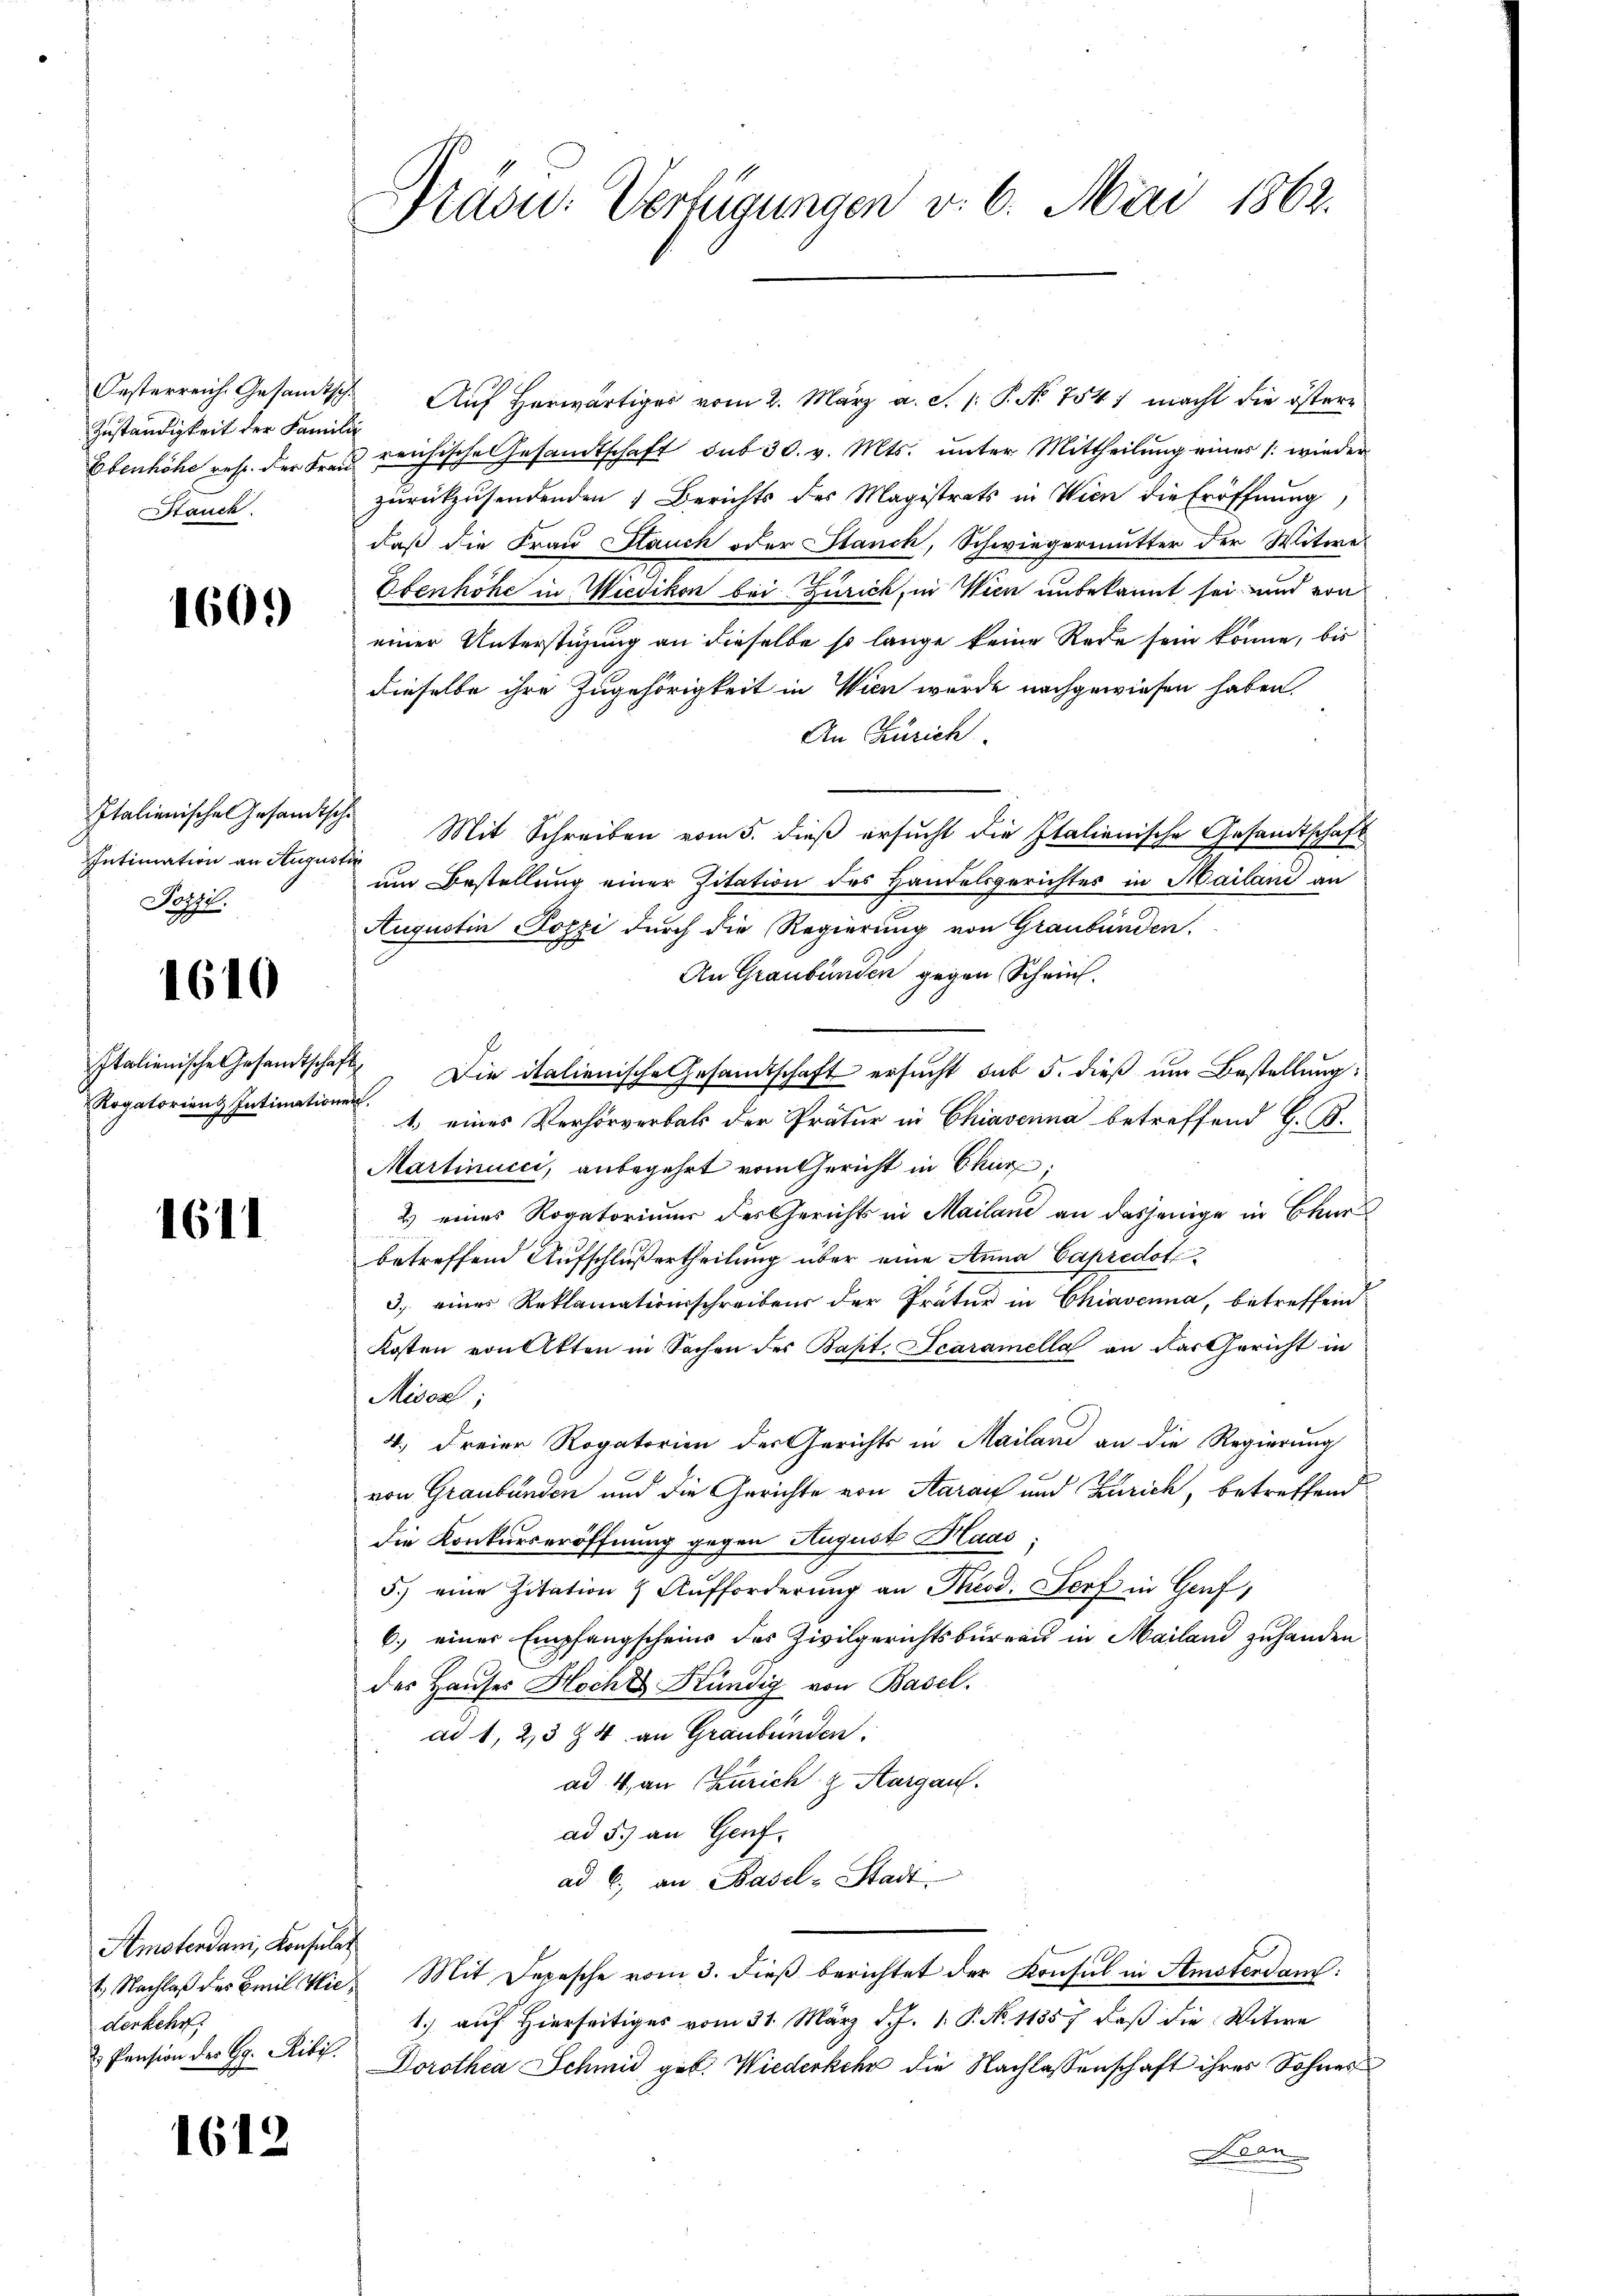
Oesterreich Gesandt
Zuständigkeit der Kan¬
Ebenhöhe resp. der Fra
Stauch

1609

Italienische Gesandtsch
Intimation an August.
Pozzl.

1610

Italienische Gesandtscha
Rogatorien Intimation

1611

Amsterdani, Konsulat
1. Nachlaß des Emil Wiederkehr
 Pension des Gr. Ribis

1612

Brasu: Verfügungen v. 6. Mai 1862.

Auf herwärtiger vom 2. März a. S. P. Nr. 754. macht die östere
reichische Gesandtschaft sub 30. v. Mts. unter Mittheilung eines /: wieder
zurückzusendenden Berichts des Magistrats in Wien die Eröffnung
daß die Frau Hauch oder Hanck, Schwiegermutter der Witwe
Ebenhöhe in Wiedikon bei Zürich, in Wien unbekannt sei, und von
einer Unterstigung an dieselbe so lange keine Rede sein könne, bis
dieselbe ihre Zugehörigkeit in Wien wurde nachgewiesen haben.
An Zürich
Mit Schreiben vom 5. dieß ersucht die Italienische Gesandtschaft
um Bestellung einer Zitation des Handelsgerichtes in Mailand an
Augustin Pozzi durch die Regierung von Graubünden
An Graubünden gegen Schein.
" Die italienische Gesandtschaft ersucht sub 5. dieß um Bestellung:
.
1.) eines Verhörverbals der Pratur in Chiavenna betreffend H. B.
Martinucci, anbegehrt vom Gericht in Chur,
2) eines Rogatorium des Gericht in Mailand an dasjenige in Chur
betreffend Aufschluß ertheilung über eine Anna Capredoti¬
3. eines Reklamationsschreibens der Prätur in Chiavenna, betreffend
Kosten von Akten in Sachen des Bapt. Scaramella an das Gericht in
Misox;
4, Freier Rogatorien der Gerichts in Mailand an die Regierung
von Graubünden und die Gerichte von Aarauf und Zürich, betreffend
die Konkurseröffnung gegen August Maas
5.) eine Zitation & Aufforderŭng an Theod. Dorf in Genf,
6.) einer Empfangscheins des Zivilgerichtsbüreau in Mailand zuhanden
des Haŭses Hocht Kündig von Basel.
ad 1, 23 & 4. an Graubünden.
ad 4. an Zürich Aargau.
ad 5. an Genf.
ad b. an Basel-Stadt
Mit Depesche vom 3. dieβ berichtet der Konsul in Amsterdam:
1.) auf hierseitiges vom 31. März d. J. 1. P. N. 11357 daβ die Witwe
Dorothea Schmid geb. Wiederkehr die Nachlassenschaft ihres Sohnes
D